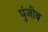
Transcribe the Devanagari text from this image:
पुंजीब